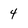
Character: 4